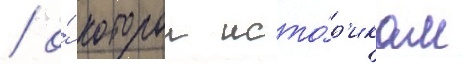
/ о́ которои исто́р'икам